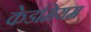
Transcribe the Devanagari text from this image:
केडमियम